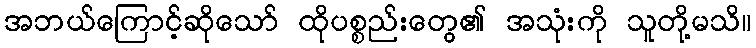
အဘယ်ကြောင့်ဆိုသော် ထိုပစ္စည်းတွေ၏ အသုံးကို သူတို့မသိ။